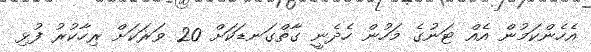
އެހެންކަމުން އެއް ޓަނުގެ މަހުން ހެދެނީ ގާތްގަނޑަކަށް 20 ވަރަކަށް ރިހާކުރު ފުޅި